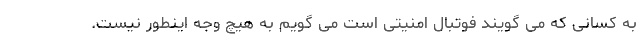
به کسانی که می گویند فوتبال امنیتی است می گویم به هیچ وجه اینطور نیست.